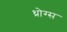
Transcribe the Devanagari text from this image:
थ्रोग्स